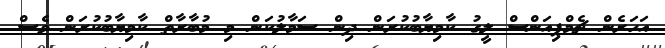
އަހަރެން ޗެމްޕިއަންސް ލީގު ކާމިޔާބުކުރަން ދިން ސަމާލުކަން މި މުބާރާތް ކާމިޔާބުކުރަން ވެސް